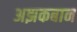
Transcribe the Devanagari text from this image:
अझकबान